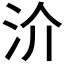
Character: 𣲤